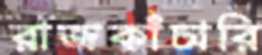
রাজকাঁচারি